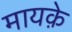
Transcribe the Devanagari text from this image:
मायक़े